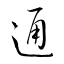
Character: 通